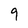
Character: 9